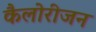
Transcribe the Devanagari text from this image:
कैलोरीजन